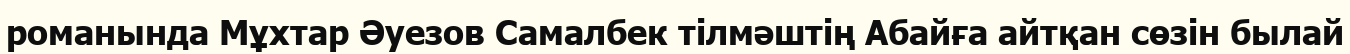
романында Мұхтар Әуезов Самалбек тілмәштің Абайға айтқан сөзін былай